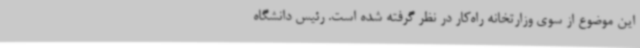
این موضوع از سوی وزارتخانه راه‌کار در نظر گرفته شده است. رئیس دانشگاه